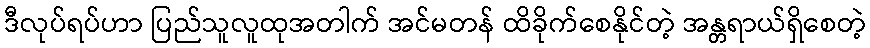
ဒီလုပ်ရပ်ဟာ ပြည်သူလူထုအတါက် အင်မတန် ထိခိုက်စေနိုင်တဲ့ အန္တရာယ်ရှိစေတဲ့